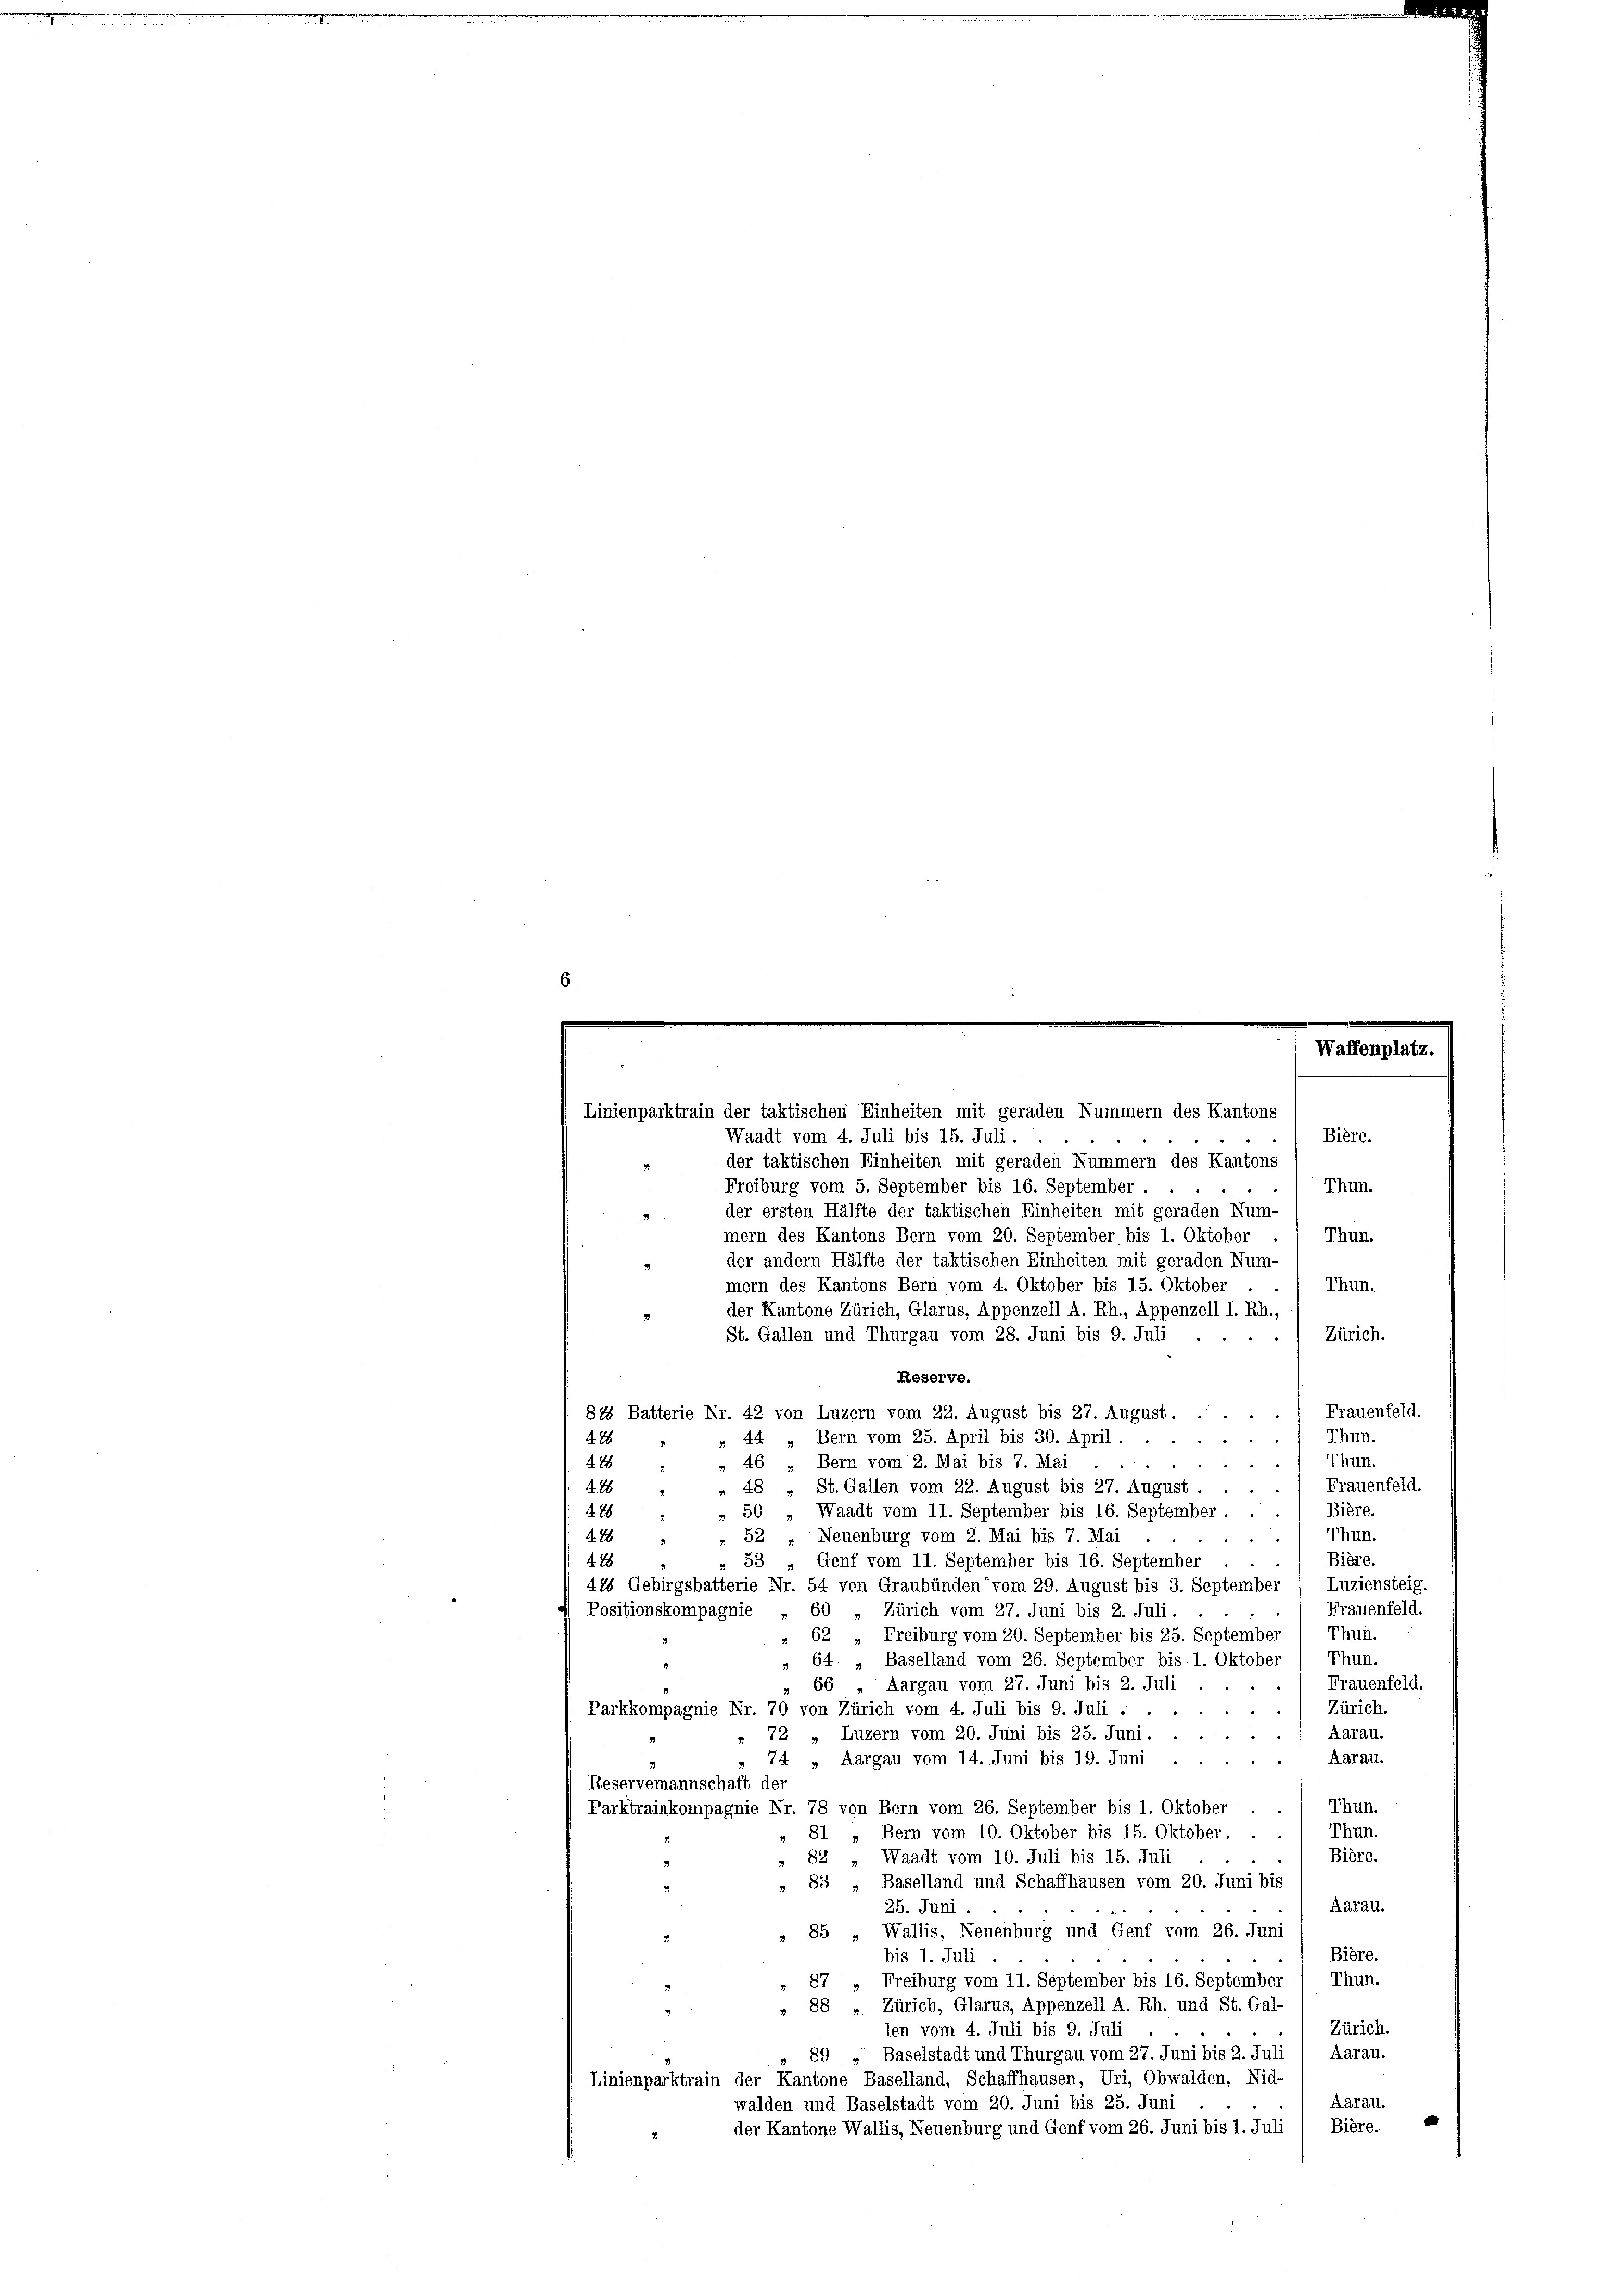
Waffenplat

Linienparktrain der taktischen Einheiten mit geraden Nummern des Kantons
Bière.
Waadt vom 4. Juli bis 15. Juli.
der taktischen Einheiten mit geraden Nummern des Kantons
Freiburg vom 5. September bis 16. September.
Thun.
der ersten Hälfte der taktischen Einheiten mit geraden Num-
mern des Kantons Bern vom 20. September bis 1. Oktober
Thun.
der andern Hälfte der taktischen Einheiten mit geraden Num-
Thun.
mern des Kantons Bern vom 4. Oktober bis 15. Oktober
der Kantone Zürich, Glarus, Appenzell A. Rh., Appenzell I. Rh.,
Zürich.
St. Gallen und Thurgau vom 28. Juni bis 9. Juli ...
Reserve.
.) Frauenfeld.
815 Batterie Nr. 42 von Luzern vom 22. August bis 27. August.
428
Thun.
44 „Bern vom 25. April bis 30. April . .
Thun.
Bern vom 2. Mai bis 7. Mai
46
A
Frauenfeld.
St. Gallen vom 22. August bis 27. August
428
48
2
Bière.
Waadt vom 11. September bis 16. September.
50
428 "
Thun.
278
Neuenburg vom 2. Mai bis 7. Mai
52
Biere.
53
488
Genf vom 11. September bis 16. September
Luziensteig.
44 Gebirgsbatterie Nr. 54 von Graubünden“ vom 29. August bis 3. September
Frauenfeld.
Positionskompagnie
60
„ Zürich vom 27. Juni bis 2. Juli.
62 „Freiburg vom 20. September bis 25. September / Thun.
Thun.
64 „Baselland vom 26. September bis 1. Oktober
Frauenfeld.
66 „Aargau vom 27. Juni bis 2. Juli
Zürich.
Parkkompagnie Nr. 70 von Zürich vom 4. Juli bis 9. Juli .
Aarau.
72 „Luzern vom 20. Juni bis 25. Juni.
Aarau.
74 „Aargau vom 14. Juni bis 19. Juni
Reservemannschaft der
Thun.
Parktrainkompagnie Nr. 78 von Bern vom 26. September bis 1. Oktober
Thun.
 81 „Bern vom 10. Oktober bis 15. Oktober. . .
Bière.
Waadt vom 10. Juli bis 15. Juli
82
 83 „Baselland und Schaffhausen vom 20. Juni bis
Aarau.
25. Juni.
» 85 „Wallis, Neuenburg und Genf vom 26. Juni
Bière.
bis 1. Juli
" 87 " Freiburg vom 11. September bis 16. September Thun.
» 88 „ Zürich, Glarus, Appenzell A. Rh. und St. Gal-
2
Zürich.
len vom 4. Juli bis 9. Juli
89
Baselstadt und Thurgau vom 27. Juni bis 2. Juli / Aarau.
Linienparktrain der Kantone Baselland, Schaffhausen, Uri, Obwalden, Nid-
Aarau.
walden und Baselstadt vom 20. Juni bis 25. Juni
Bière.
der Kantone Wallis, Neuenburg und Genf vom 26. Juni bis 1. Juli